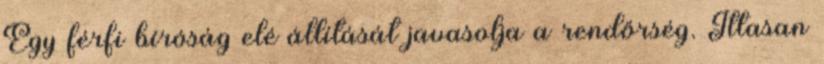
Egy férfi bíróság elé állítását javasolja a rend­őrség. Ittasan